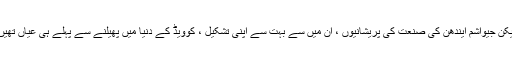
لیکن جیواشم ایندھن کی صنعت کی پریشانیوں ، ان میں سے بہت سے اپنی تشکیل ، کوویڈ کے دنیا میں پھیلنے سے پہلے ہی عیاں تھیں۔